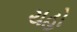
ચહો